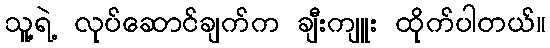
သူ့ရဲ့ လုပ်ဆောင်ချက်က ချီးကျူး ထိုက်ပါတယ်။